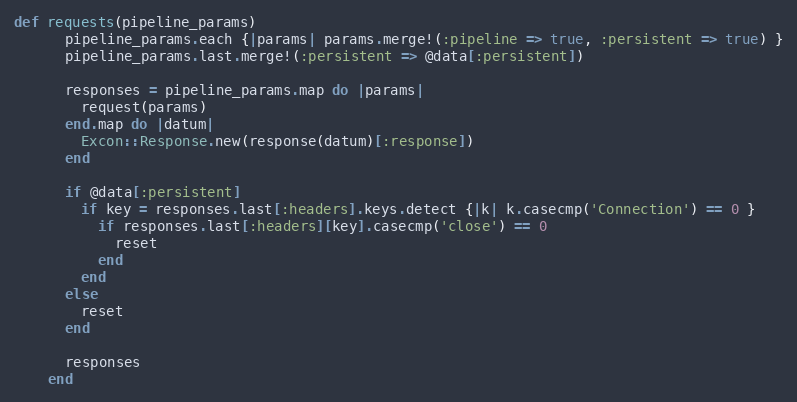
Language: Ruby
def requests(pipeline_params)
      pipeline_params.each {|params| params.merge!(:pipeline => true, :persistent => true) }
      pipeline_params.last.merge!(:persistent => @data[:persistent])

      responses = pipeline_params.map do |params|
        request(params)
      end.map do |datum|
        Excon::Response.new(response(datum)[:response])
      end

      if @data[:persistent]
        if key = responses.last[:headers].keys.detect {|k| k.casecmp('Connection') == 0 }
          if responses.last[:headers][key].casecmp('close') == 0
            reset
          end
        end
      else
        reset
      end

      responses
    end